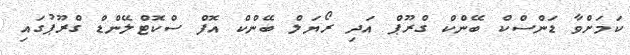
ކަމަށްވާ ޑަންސްކް ބޭންކް ގްރޫޕް އަދި ރޯޔަލް ބޭންކް އޮފް ސްކޮޓްލޭންޑް ގްރޫޕުގައި